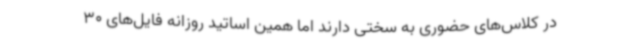
در کلاس‌های حضوری به سختی دارند اما همین اساتید روزانه فایل‌های 30